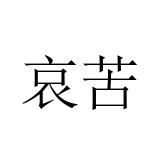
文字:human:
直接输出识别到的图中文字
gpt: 哀苦